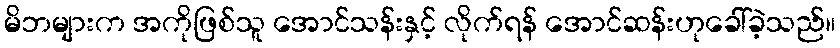
မိဘများက အကိုဖြစ်သူ အောင်သန်းနှင့် လိုက်ရန် အောင်ဆန်းဟုခေါ်ခဲ့သည်။